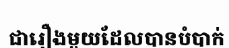
ជារឿងមួយដែលបានបំបាក់